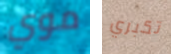
موي تكبري